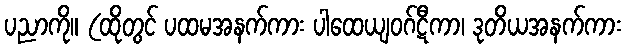
ပညာကို။ (ထိုတွင် ပထမအနက်ကား ပါထေယျဝဂ်ဋီကာ၊ ဒုတိယအနက်ကား